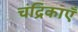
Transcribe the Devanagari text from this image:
चंद्रिकाएँ